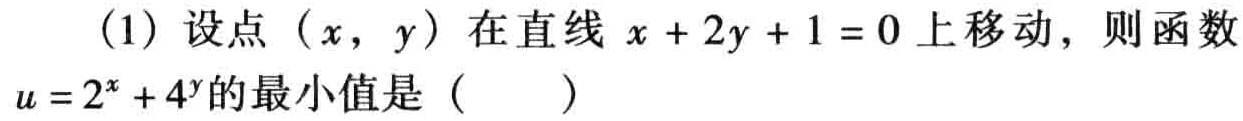
（1）设点\((x,y)\)在直线\(x + 2y + 1 = 0\)上移动，则函数\(u = 2^{x}+4^{y}\)的最小值是（  ）